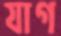
যাগ